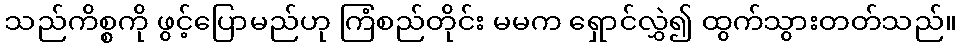
သည်ကိစ္စကို ဖွင့်ပြောမည်ဟု ကြံစည်တိုင်း မမက ရှောင်လွှဲ၍ ထွက်သွားတတ်သည်။